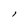
Character: 1